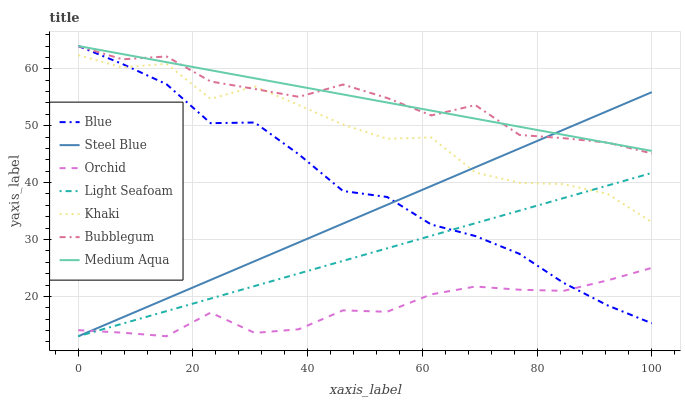
| xaxis_label | Blue | Steel Blue | Orchid | Light Seafoam | Khaki | Bubblegum | Medium Aqua |
 | --- | --- | --- | --- | --- | --- | --- | --- |
 | 0 | 64 | 13 | 14.1 | 13 | 62.4 | 64 | 64 |
 | 7.69 | 60.8 | 16.3 | 13.6 | 15.2 | 60.2 | 61.7 | 62.6 |
 | 15.4 | 57.3 | 19.6 | 13 | 17.4 | 60.9 | 62.2 | 61.2 |
 | 23.1 | 50.4 | 22.9 | 17.2 | 19.6 | 54.7 | 57.8 | 59.7 |
 | 30.8 | 50.6 | 26.2 | 13.6 | 21.8 | 56.9 | 56.5 | 58.3 |
 | 38.5 | 45 | 29.5 | 14.2 | 24 | 53.6 | 55.1 | 56.9 |
 | 46.2 | 38.5 | 32.8 | 17.5 | 26.2 | 50.2 | 57.2 | 55.5 |
 | 53.8 | 37.5 | 36.1 | 17.3 | 28.4 | 47.7 | 54.9 | 54.1 |
 | 61.5 | 32.6 | 39.4 | 20.4 | 30.7 | 47.9 | 51.8 | 52.7 |
 | 69.2 | 30.6 | 42.7 | 21.7 | 32.9 | 41.8 | 53.6 | 51.2 |
 | 76.9 | 27.5 | 46 | 21.2 | 35.1 | 40 | 48.4 | 49.8 |
 | 84.6 | 22.4 | 49.3 | 21 | 37.3 | 39.7 | 47.8 | 48.4 |
 | 92.3 | 18.4 | 52.6 | 22.8 | 39.5 | 38 | 47 | 47 |
 | 100 | 15.3 | 55.9 | 25 | 41.7 | 33.1 | 45.1 | 45.6 |